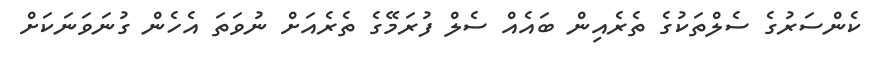
ކެންސަރުގެ ސެލްތަކުގެ ތެރެއިން ބައެއް ސެލް ފުރަމޭގެ ތެރެއަށް ނުވަތަ އެހެން ގުނަވަނަކަށް